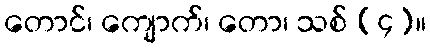
တောင်၊ ကျောက်၊ တော၊ သစ် (၄)။